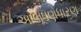
આભૂષણધારણ